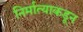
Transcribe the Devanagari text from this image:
निर्मात्याकडून